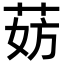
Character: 𬜹